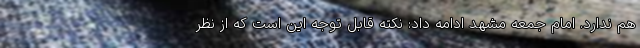
هم ندارد. امام جمعه مشهد ادامه داد: نکته قابل توجه این است که از نظر